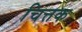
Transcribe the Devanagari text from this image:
चित्तक